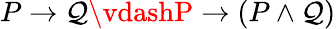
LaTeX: P\to\mathcal{Q}\vdashP\to(P\land\mathcal{Q})